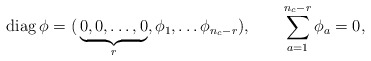
\begin{align*}{\hbox {\rm diag}} \, \phi =(\, {\underbrace {0,0, \ldots, 0}_{r}}, \phi_1, \ldots \phi_{n_c-r} ), \qquad \sum_{a=1}^{n_c-r} \phi_a=0,\end{align*}